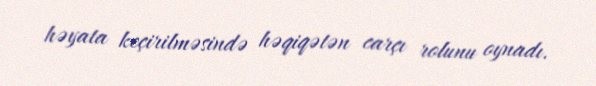
həyata keçirilməsində həqiqətən carçı rolunu oynadı.